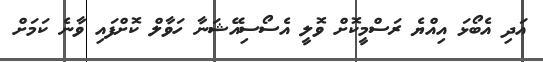
އަދި އެބޯޅަ އިއްޔެ ރަސްމީކޮށް ވޮލީ އެސޯސިއޭޝަނާ ހަވާލް ކޮށްފައި ވާނެ ކަމަށް